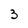
Character: 3